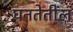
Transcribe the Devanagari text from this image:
घनतेतील